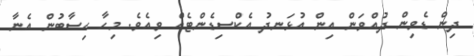
ދިން ޑެވިން ދުއްވަން އިން އުޅަނދު އެކްސިޑެންޓެއް ވިއެވެ. މިހާ ހިސާބުން އެނާ